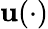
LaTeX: \mathbf{u}(\cdot)